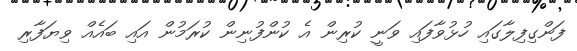
ފަންގިފިލާގައި ހުޅުވާފައި ވަނީ ކުރިން އެ ކުންފުނިން ކުރަމުން އައި ބައެއް ވިޔަފާރި